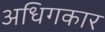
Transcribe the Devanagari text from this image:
अधिगकार